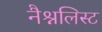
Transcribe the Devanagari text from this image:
नैश्नलिस्ट